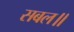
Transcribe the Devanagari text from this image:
सबल॥